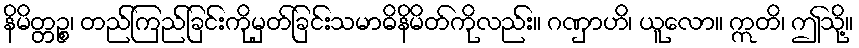
နိမိတ္တဉ္စ၊ တည်ကြည်ခြင်းကိုမှတ်ခြင်းသမာဓိနိမိတ်ကိုလည်း။ ဂဏှာဟိ၊ ယူလော။ ဣတိ၊ ဤသို့။